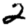
Digit: 2